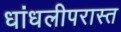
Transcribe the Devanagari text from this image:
धांधलीपरास्त